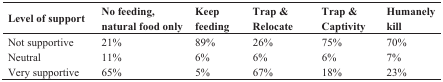
<table><thead><tr><td><b>Level of support</b></td><td><b>No feeding, natural food only</b></td><td><b>Keep feeding</b></td><td><b>Trap &amp; Relocate</b></td><td><b>Trap &amp; Captivity</b></td><td><b>Humanely kill</b></td></tr></thead><tbody><tr><td>Not supportive</td><td>21%</td><td>89%</td><td>26%</td><td>75%</td><td>70%</td></tr><tr><td>Neutral</td><td>11%</td><td>6%</td><td>6%</td><td>6%</td><td>7%</td></tr><tr><td>Very supportive</td><td>65%</td><td>5%</td><td>67%</td><td>18%</td><td>23%</td></tr></tbody></table>